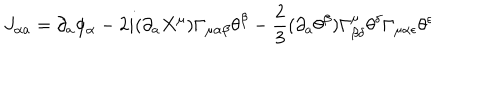
LaTeX: J _ { \alpha a } = \partial _ { a } \phi _ { \alpha } - 2 i ( \partial _ { a } X ^ { \mu } ) \Gamma _ { \mu \alpha \beta } \theta ^ { \beta } - \frac { 2 } { 3 } ( \partial _ { a } \theta ^ { \beta } ) \Gamma _ { \beta \delta } ^ { \mu } \theta ^ { \delta } \Gamma _ { \mu \alpha \epsilon } \theta ^ { \epsilon } \nonumber